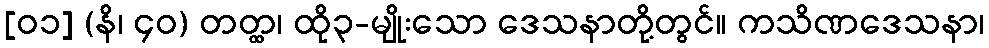
[၀၁] (နိ၊ ၄၀) တတ္ထ၊ ထို၃-မျိုးသော ဒေသနာတို့တွင်။ ကသိဏဒေသနာ၊